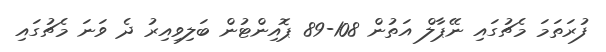
ފުރަތަމަ މެޗުގައި ނޭޕާލް އަތުން 108-89 ޕޮއިންޓުން ބަލިވިއިރު ދެ ވަނަ މެޗުގައި